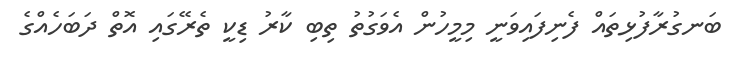
ބަނގުރާފުޅިތައް ފެނިފައިވަނީ މިމީހުން އެވަގުތު ތިބި ކާރު ޑިކީ ތެރޭގައި އޮތް ދަބަހެއްގެ